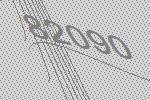
82090